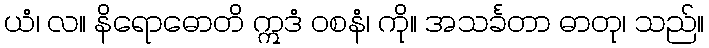
ယံ၊ လ။ နိရောဓောတိ ဣဒံ ဝစနံ၊ ကို။ အသင်္ခတာ ဓာတု၊ သည်။